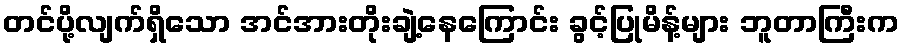
တင်ပို့လျက်ရှိသော အင်အားတိုးချဲ့နေကြောင်း ခွင့်ပြုမိန့်များ ဘူတာကြီးက